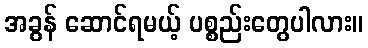
အခွန် ဆောင်ရမယ့် ပစ္စည်းတွေပါလား။